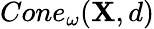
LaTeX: Cone_{\omega}(\mathbf{X},d)